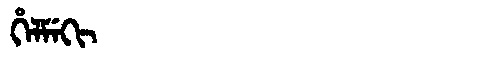
Manchu: ᡥᡝᠯᠮᡝᡴᡳ
Romanization: HELMEKI